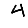
Digit: 4